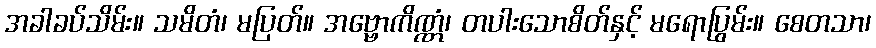
အခါခပ်သိမ်း။ သမိတံ၊ မပြတ်။ အဗ္ဗောကိဏ္ဏံ၊ တပါးသောစိတ်နှင့် မရောပြွမ်း။ စေတသာ၊